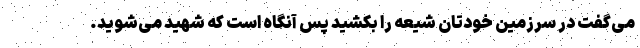
می‌گفت در سرزمین خودتان شیعه را بکشید پس آنگاه است که شهید می‌شوید.